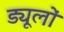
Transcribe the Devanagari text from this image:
ड्यूलों